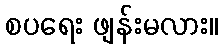
စပရေး ဖျန်းမလား။